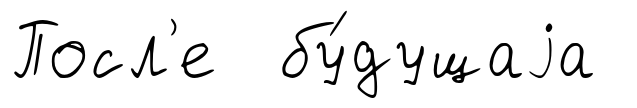
Посл'е бу́дущаjа